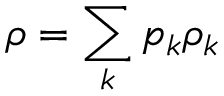
\rho = \sum _ { k } p _ { k } \rho _ { k }